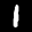
Digit: 1